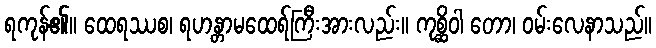
ရကုန်၏။ ထေရဿစ၊ ရဟန္တာမထေရ်ကြီးအားလည်း။ ကုစ္ဆိဝါ တော၊ ဝမ်းလေနာသည်။